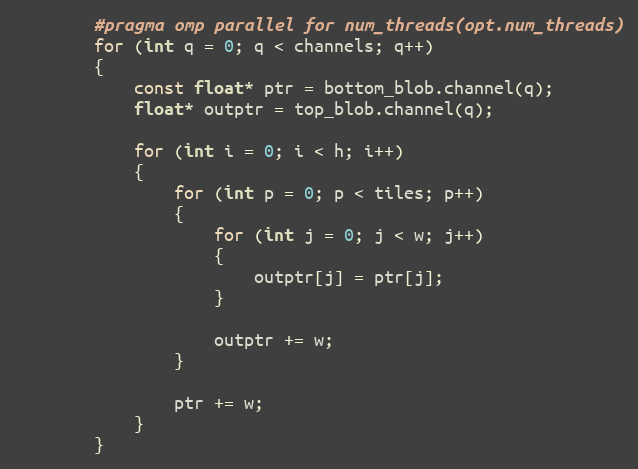
Language: C++
        #pragma omp parallel for num_threads(opt.num_threads)
        for (int q = 0; q < channels; q++)
        {
            const float* ptr = bottom_blob.channel(q);
            float* outptr = top_blob.channel(q);

            for (int i = 0; i < h; i++)
            {
                for (int p = 0; p < tiles; p++)
                {
                    for (int j = 0; j < w; j++)
                    {
                        outptr[j] = ptr[j];
                    }

                    outptr += w;
                }

                ptr += w;
            }
        }